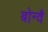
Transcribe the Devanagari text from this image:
बोन्वै